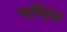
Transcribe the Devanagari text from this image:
मास्टिन